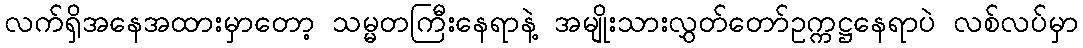
လက်ရှိအနေအထားမှာတော့ သမ္မတကြီးနေရာနဲ့ အမျိုးသားလွှတ်တော်ဥက္ကဋ္ဌနေရာပဲ လစ်လပ်မှာ